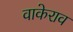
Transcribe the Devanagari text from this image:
वाकेराव